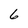
Character: 6